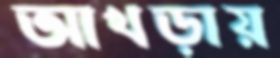
আখড়ায়